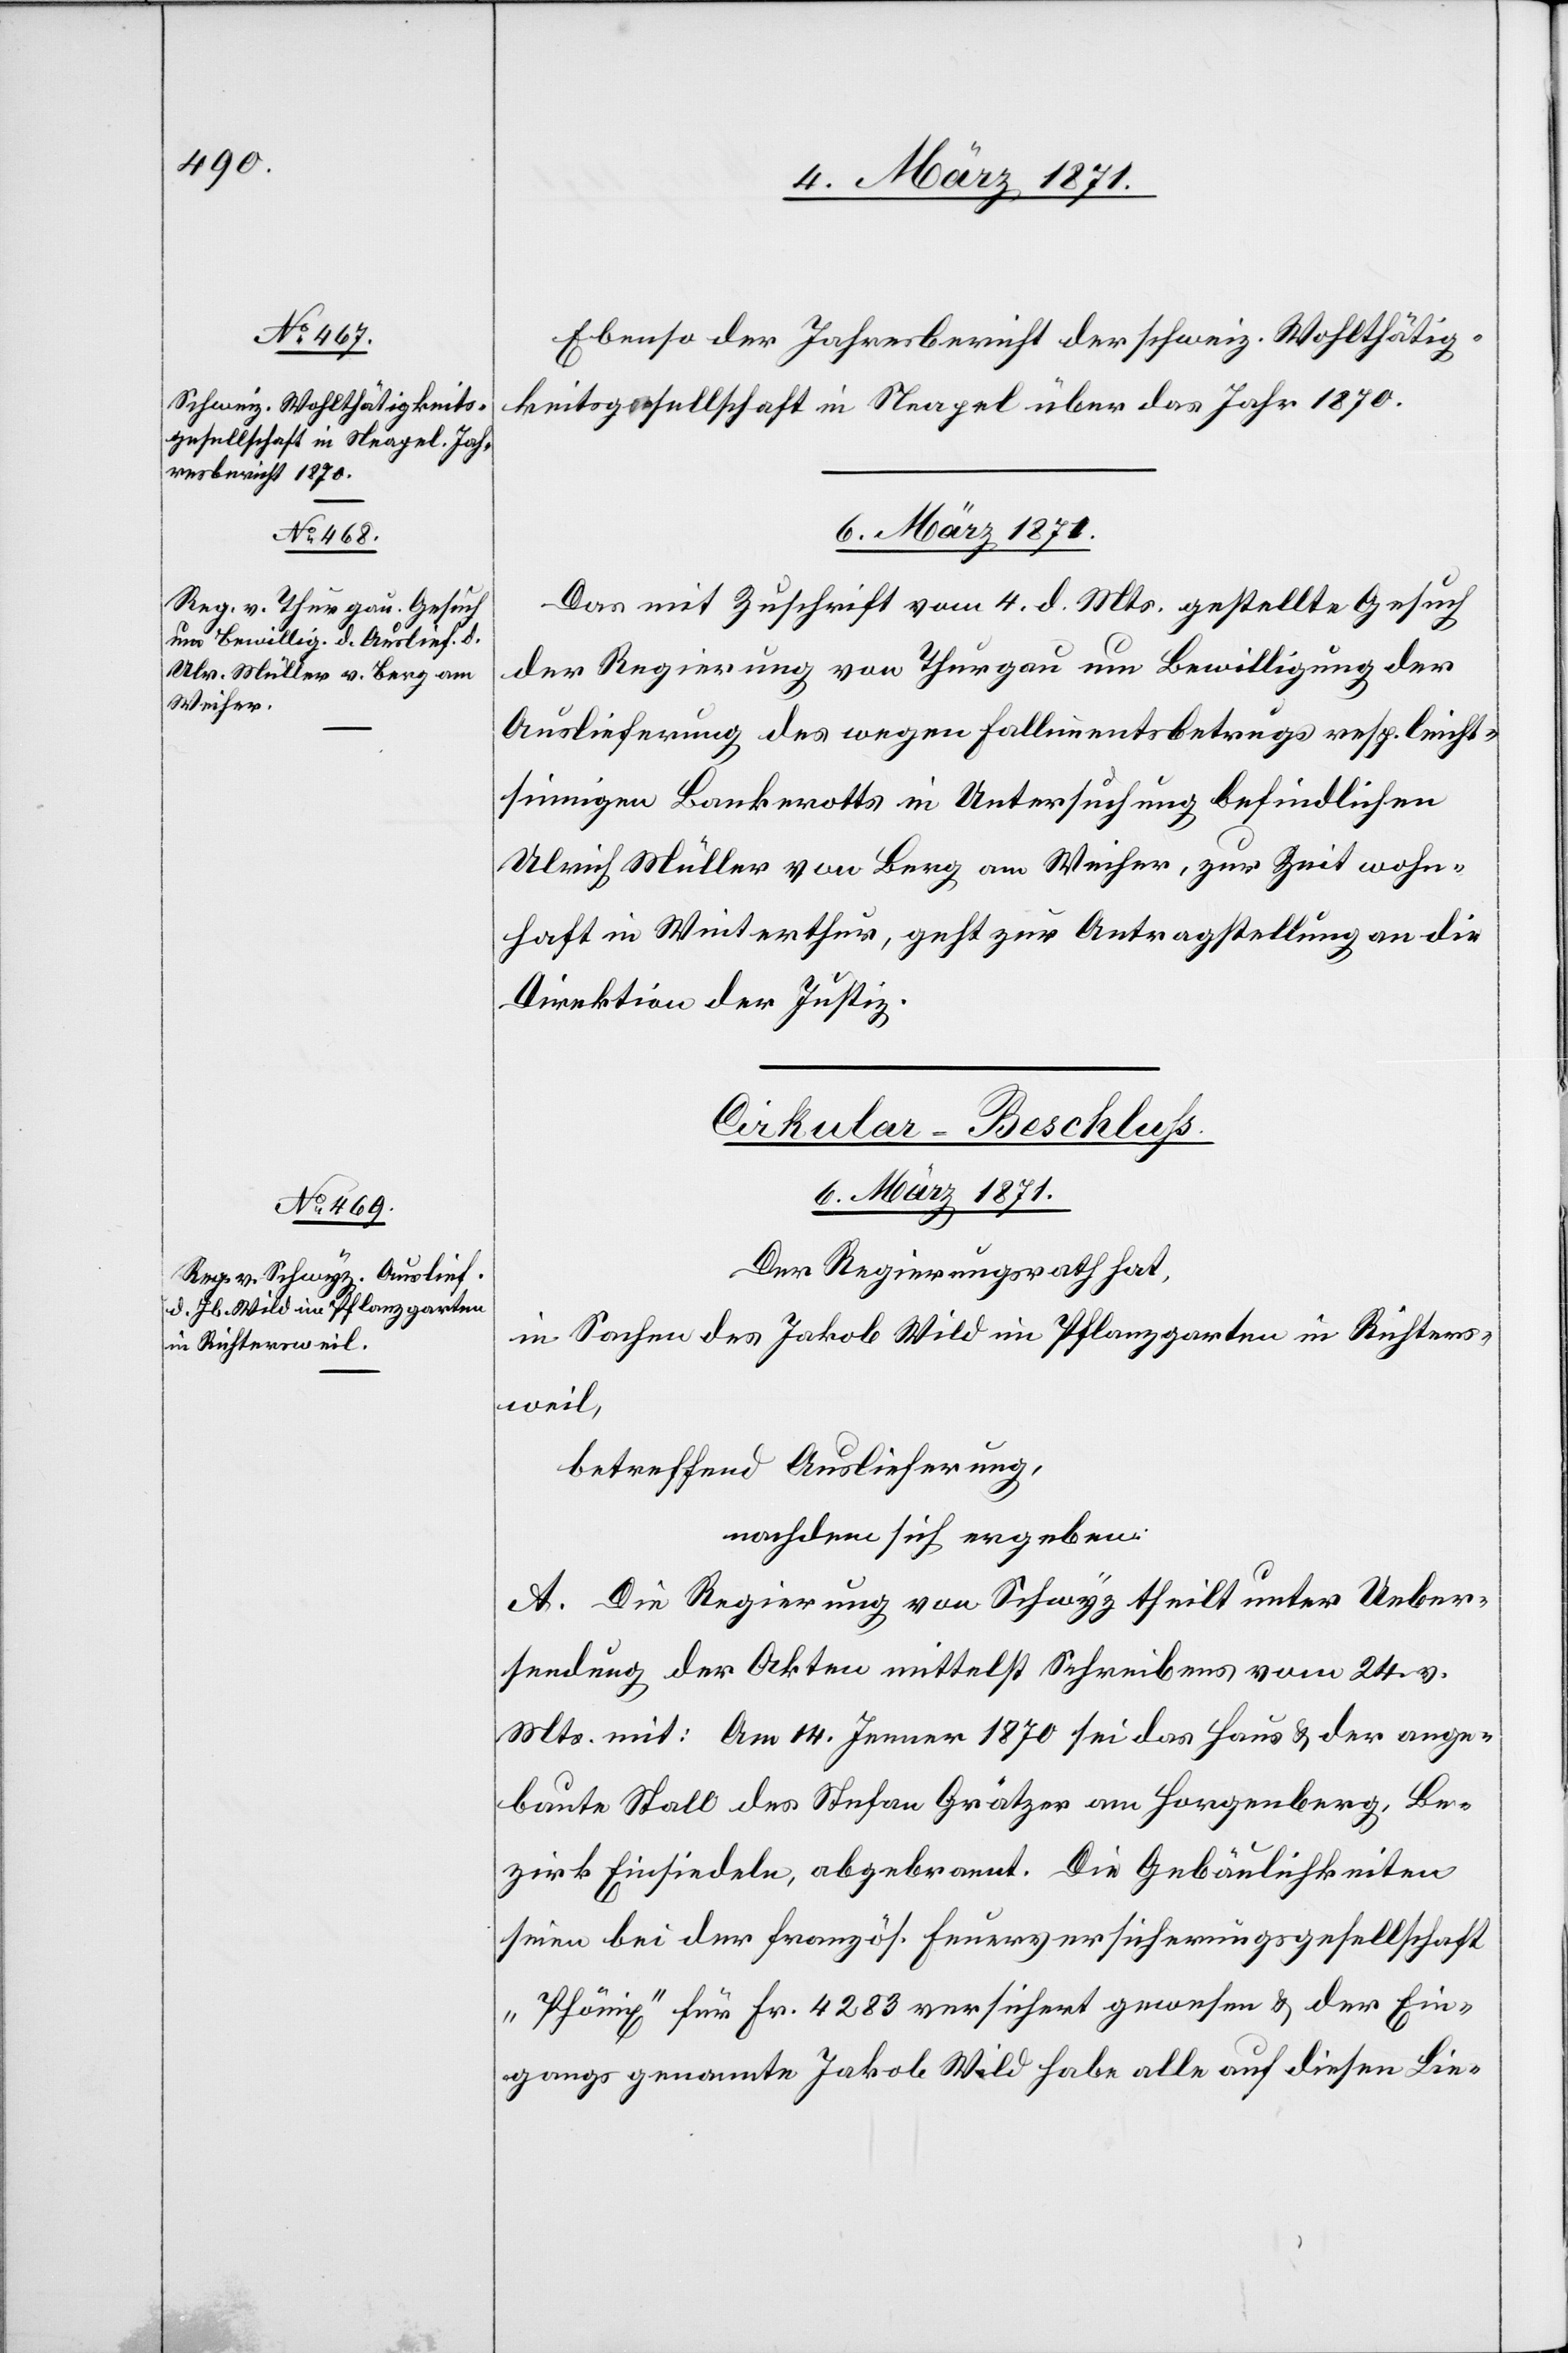
04. März 1871.]
Ebenso der Jahresbericht der schweiz. Wohlthätig¬
keitsgesellschaft in Neapel über das Jahr 1870.
06. März 1871.
Das mit Zuschrift vom 4. d. Mts. gestellte Gesuch
der Regierung von Thurgau um Bewilligung der
Auslieferung des wegen Fallimentsbetrugs resp. leicht¬
sinnigen Bankrotts in Untersuchung befindlichen
Ulrich Müller von Berg am Weiher, zur Zeit wohn¬
haft in Winterthur, geht zur Antragstellung an die
Direktion der Justiz.
Cirkular-Beschluß.
6. März 1871.
Der Regierungsrath hat,
in Sachen des Jakob Wild im Pflanzgarten in Richters¬
weil,
betreffend Auslieferung,
nachdem sich ergeben:
A. Die Regierung von Schwyz theilt unter Ueber¬
sendung der Akten mittelst Schreiben vom 24. v.
Mts. mit: Am 14. Jenner 1870 sei das Haus u. der ange¬
baute Stall des Stefan Grätzer am Horgenberg, Be¬
zirk Einsiedeln, abgebrannt. Die Gebäulichkeiten
seien bei der französ. Feuerversicherungsgesellschaft
„Phönix“ für Fr. 4283 versichert gewesen u. der Ein¬
gangs genannte Jakob Wild habe alle auf diesen Lie-